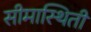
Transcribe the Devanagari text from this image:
सीमास्थिती